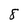
Character: 8